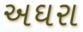
અઘરા